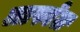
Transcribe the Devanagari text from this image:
लास्वेल